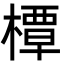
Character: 橝